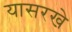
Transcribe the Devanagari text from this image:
यासरखे